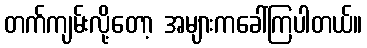
တက်ကျမ်းလို့တော့ အများကခေါ်ကြပါတယ်။